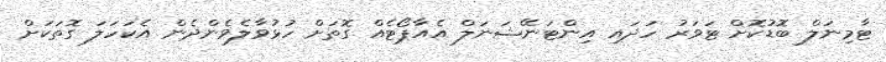
ޓާމިނަލް ބޮޑުކޮށް ޓަވަރު ހަދައި އިންޓަނޭޝަނަލް އެއާޕޯޓެއް ގޮތަށް ހުޅުވާލެވެންދެން އެކަހަލަ ގޮތަކަށް